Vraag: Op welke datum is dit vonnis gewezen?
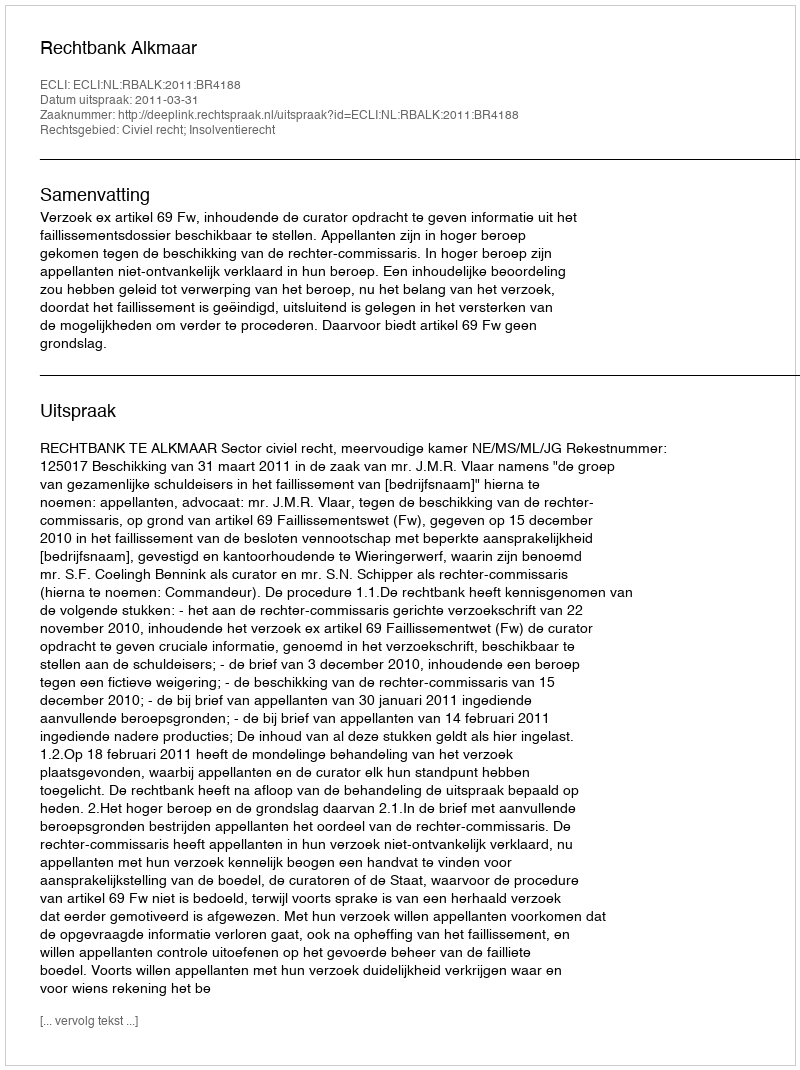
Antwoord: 2011-03-31